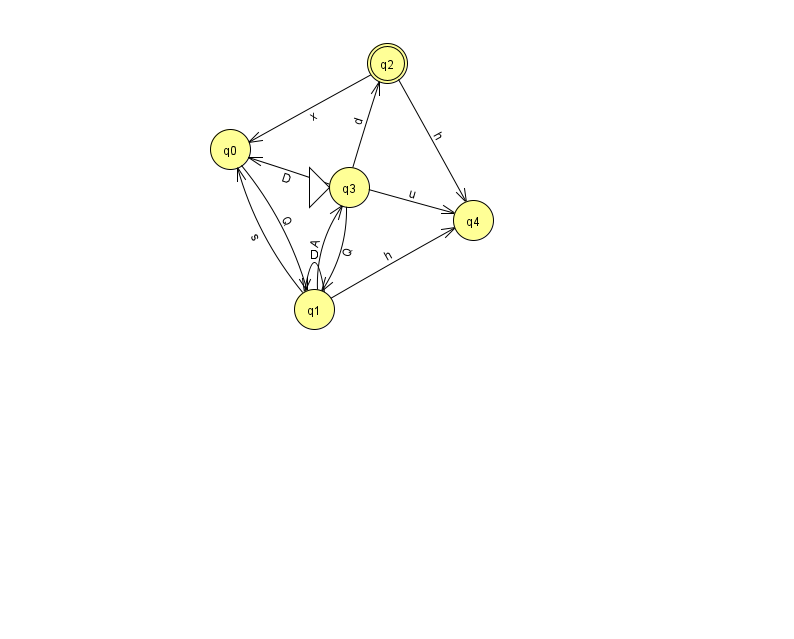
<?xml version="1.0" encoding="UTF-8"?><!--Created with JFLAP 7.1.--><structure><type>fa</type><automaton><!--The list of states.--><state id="0" name="q0"><x>230.0</x><y>136.0</y></state><state id="1" name="q1"><x>314.0</x><y>296.0</y></state><state id="2" name="q2"><x>387.0</x><y>50.0</y><final/></state><state id="3" name="q3"><x>349.0</x><y>174.0</y><initial/></state><state id="4" name="q4"><x>473.0</x><y>207.0</y></state><!--The list of transitions.--><transition><from>3</from><to>0</to><read>D</read></transition><transition><from>1</from><to>3</to><read>A</read></transition><transition><from>1</from><to>4</to><read>h</read></transition><transition><from>3</from><to>1</to><read>Q</read></transition><transition><from>1</from><to>1</to><read>D</read></transition><transition><from>1</from><to>0</to><read>s</read></transition><transition><from>0</from><to>1</to><read>Q</read></transition><transition><from>2</from><to>0</to><read>x</read></transition><transition><from>2</from><to>4</to><read>h</read></transition><transition><from>3</from><to>4</to><read>u</read></transition><transition><from>3</from><to>2</to><read>d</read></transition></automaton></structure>